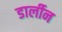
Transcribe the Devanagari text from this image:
डार्लीन